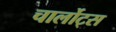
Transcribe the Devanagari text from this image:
चार्लोट्स